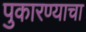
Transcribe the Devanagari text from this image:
पुकारण्याचा